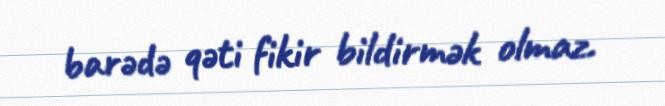
barədə qəti fikir bildirmək olmaz.